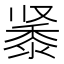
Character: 𬹔